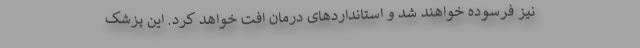
نیز فرسوده خواهند شد و استانداردهای درمان افت خواهد کرد. این پزشک